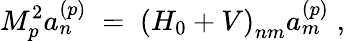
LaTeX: M_{p}^{2}a_{n}^{(p)}\; =\; \left(H_{0}+V\right)_{nm}a_{m}^{(p)}\; ,